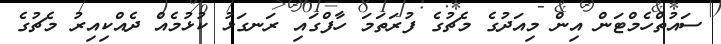
ސައުތްހެމްޓަން އިން މިއަދުގެ މެޗުގެ ފުރަތަމަ ހާފްގައި ރަނގަޅު ކުޅުމެއް ދެއްކިއިރު މެޗުގެ